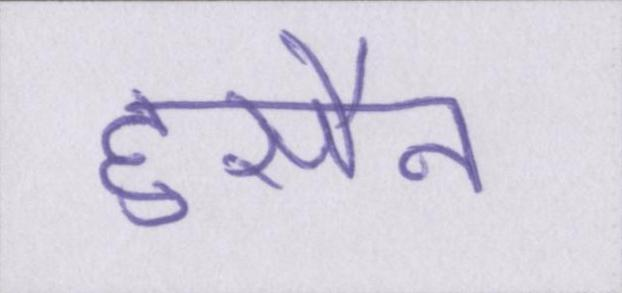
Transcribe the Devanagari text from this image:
हुसैन